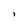
Character: i